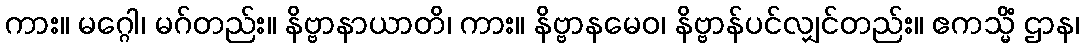
ကား။ မဂ္ဂေါ၊ မဂ်တည်း။ နိဗ္ဗာနာယာတိ၊ ကား။ နိဗ္ဗာနမေဝ၊ နိဗ္ဗာန်ပင်လျှင်တည်း။ ဧကသ္မိံ ဌာန၊